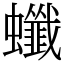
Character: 䘋